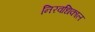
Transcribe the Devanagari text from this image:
निरवधिकाल